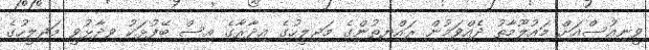
ވީނިއުސްއަށް މައުލޫމާތު ދެއްވަމުން ރައްޔިތުންގެ މަޖިލީހުގެ އިދާރާގެ އިސް ބޭފުޅަކު ވިދާޅުވީ މަޖިލީހުގެ